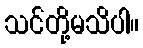
သင်တို့မသိပါ။